Indian Medical Review
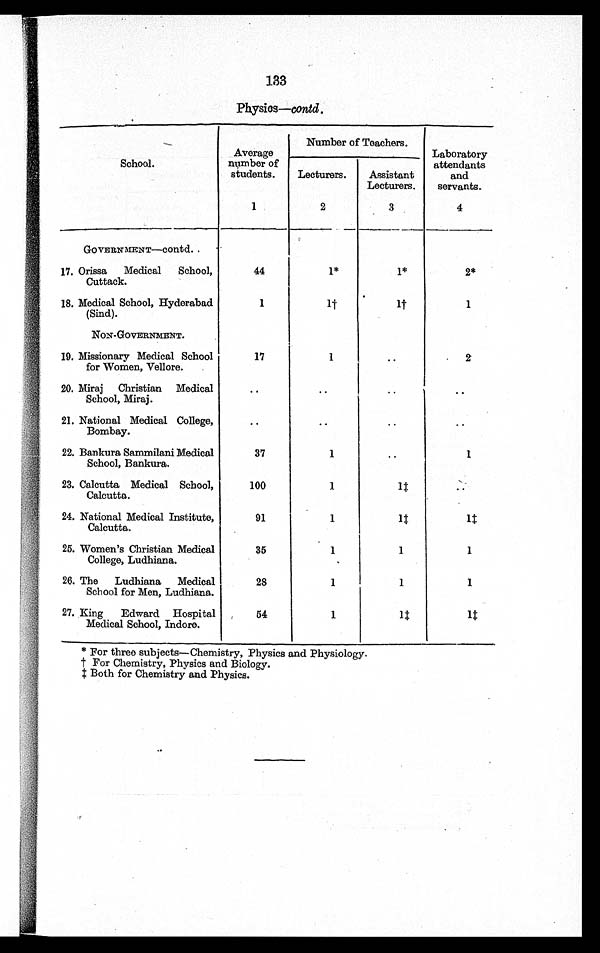
133
Physios-contd
School.
Average
number of
students.
Number of Teachers.
Laboratory
attendants
and
servants.
Lecturers.
Assistant
Lecturers.
1
2
3
4
GOVERNMENT—Contd..
17. Orissa
Medical
School,
Cuttack.
44
1*
1*
2*
18. Medical School, Hyderabad
(Sind).
1
1 †
1 †
1
NON-GOVERNMENT.
19. Missionary Medical School
for Women, Vellore.
17
1
..
2
20. Miraj
Christian Medical
School, Miraj.
..
..
..
..
21. National Medical College,
Bombay.
..
..
..
..
22. Bankura Sammilani Medical
School, Bankura.
37
1
..
1
23. Calcutta Medical School,
Calcutta.
100
1
1 †
. .
24. National Medical Institute,
Calcutta.
91
1
1 †
1 †
25. Women's Christian Medical
College, Ludhiana.
35
1
1
1
26. The
Ludhiana
Medical
School for Men, Ludhiana.
28
1
1
1
27. King
Edward Hospital
Medical School, Indore.
54
1
1 †
1 †
* For three subjects—Chemistry, Physics and Physiology.
†For Chemistry, Physics and Biology.
†Both for Chemistry and Physics.